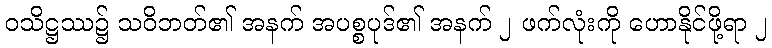
ဝသိဋ္ဌဿ၌ သဝိဘတ်၏ အနက် အပစ္စပုဒ်၏ အနက် ၂ ဖက်လုံးကို ဟောနိုင်ဖို့ရာ ၂